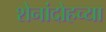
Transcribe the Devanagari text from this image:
शेनांदोहच्या